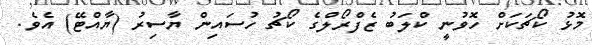
މޮޅު ކޯޗަކަށް ހޮވުނީ ކްލަބު ޒެފްރޯލްގެ ކޯޗު ހުސައިން ޔާސިރު (ޔާއްޓޭ) އެވެ.